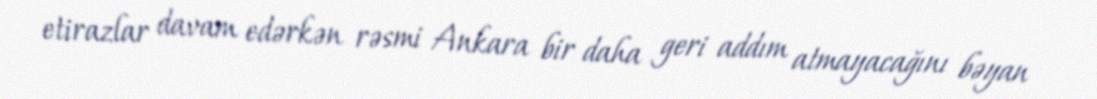
etirazlar davam edərkən rəsmi Ankara bir daha geri addım atmayacağını bəyan